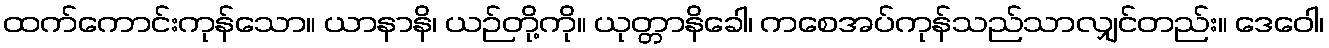
ထက်ကောင်းကုန်သော။ ယာနာနိ၊ ယဉ်တို့ကို။ ယုတ္တာနိခေါ၊ ကစေအပ်ကုန်သည်သာလျှင်တည်း။ ဒေဝေါ၊